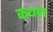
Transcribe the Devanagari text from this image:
कथल